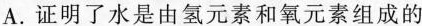
A.证明了水是由氢元素和氧元素组成的